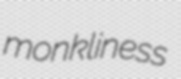
monkliness